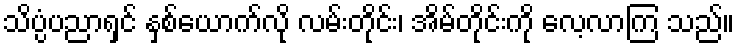
သိပ္ပံပညာရှင် နှစ်ယောက်လို လမ်းတိုင်း၊ အိမ်တိုင်းကို လေ့လာကြ သည်။